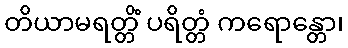
တိယာမရတ္တိံ ပရိတ္တံ ကရောန္တော၊